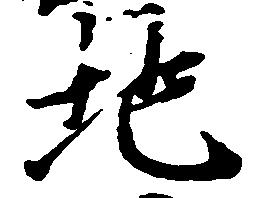
地